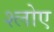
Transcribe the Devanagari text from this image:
श्लोए